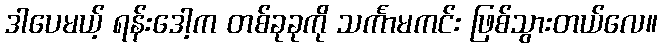
ဒါပေမယ့် ရန်းဒေါ့က တစ်ခုခုကို သင်္ကာမကင်း ဖြစ်သွားတယ်လေ။